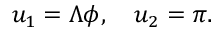
u _ { 1 } = \Lambda \phi , \quad u _ { 2 } = \pi .